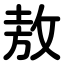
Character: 敖